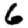
Digit: 6